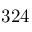
3 2 4